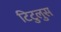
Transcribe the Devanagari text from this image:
टिटुलुस